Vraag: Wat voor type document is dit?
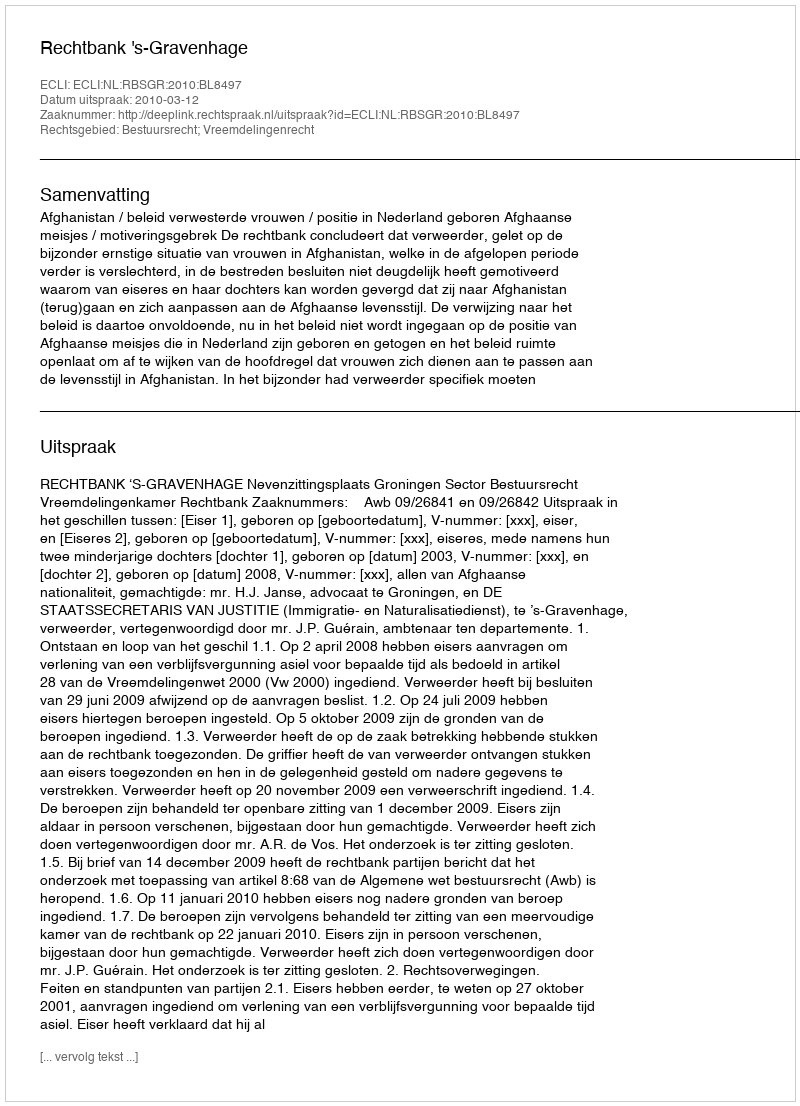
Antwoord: Uitspraak